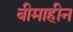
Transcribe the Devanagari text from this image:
बीमाहीन